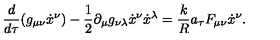
\frac { d } { d \tau } ( g _ { \mu \nu } { \dot { x } } ^ { \nu } ) - \frac { 1 } { 2 } \partial _ { \mu } g _ { \nu \lambda } { \dot { x } } ^ { \nu } { \dot { x } } ^ { \lambda } = \frac { k } { R } { a _ { \tau } } F _ { \mu \nu } { \dot { x } } ^ { \nu } .